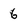
Character: 6